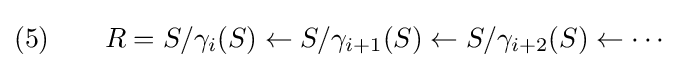
(5)\qquad R=S/\gamma _{i}(S)\leftarrow S/\gamma _{i+1}(S)\leftarrow S/\gamma _{i+2}(S)\leftarrow \cdots